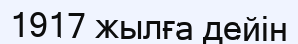
1917 жылға дейін